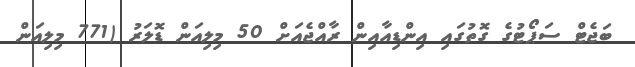
ބަޖެޓް ސަޕޯޓުގެ ގޮތުގައި އިންޑިއާއިން ރާއްޖެއަށް 50 މިލިއަން ޑޮލަރު (771 މިލިއަން